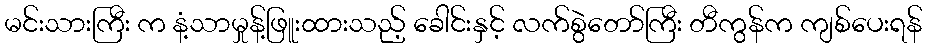
မင်းသားကြီး က နံ့သာမှုန့်ဖြူးထားသည့် ခေါင်းနှင့် လက်စွဲတော်ကြီး တီကွန်က ကျစ်ပေးရန်